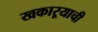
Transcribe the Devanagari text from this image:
खकाऱ्याची